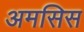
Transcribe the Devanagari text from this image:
अमसिस